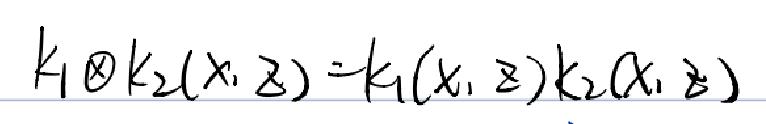
\[
k_1 \otimes k_2(x,z)=k_1(x,z)k_2(x,z)
\]